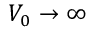
V _ { 0 } \rightarrow \infty